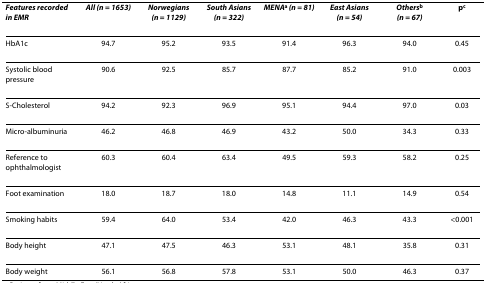
<table><thead><tr><td><b><i>Features recorded in EMR</i></b></td><td><b><i>All (n = 1653)</i></b></td><td><b><i>Norwegians (n = 1129)</i></b></td><td><b><i>South Asians (n = 322)</i></b></td><td><b><i>MENA</i><sup>a </sup><i>(n = 81)</i></b></td><td><b><i>East Asians (n = 54)</i></b></td><td><b><i>Others</i><sup>b </sup><i>(n = 67)</i></b></td><td><b>p<sup>c</sup></b></td></tr></thead><tbody><tr><td>HbA1c</td><td>94.7</td><td>95.2</td><td>93.5</td><td>91.4</td><td>96.3</td><td>94.0</td><td>0.45</td></tr><tr><td>Systolic blood pressure</td><td>90.6</td><td>92.5</td><td>85.7</td><td>87.7</td><td>85.2</td><td>91.0</td><td>0.003</td></tr><tr><td>S-Cholesterol</td><td>94.2</td><td>92.3</td><td>96.9</td><td>95.1</td><td>94.4</td><td>97.0</td><td>0.03</td></tr><tr><td>Micro-albuminuria</td><td>46.2</td><td>46.8</td><td>46.9</td><td>43.2</td><td>50.0</td><td>34.3</td><td>0.33</td></tr><tr><td>Reference to ophthalmologist</td><td>60.3</td><td>60.4</td><td>63.4</td><td>49.5</td><td>59.3</td><td>58.2</td><td>0.25</td></tr><tr><td>Foot examination</td><td>18.0</td><td>18.7</td><td>18.0</td><td>14.8</td><td>11.1</td><td>14.9</td><td>0.54</td></tr><tr><td>Smoking habits</td><td>59.4</td><td>64.0</td><td>53.4</td><td>42.0</td><td>46.3</td><td>43.3</td><td>&lt;0.001</td></tr><tr><td>Body height</td><td>47.1</td><td>47.5</td><td>46.3</td><td>53.1</td><td>48.1</td><td>35.8</td><td>0.31</td></tr><tr><td>Body weight</td><td>56.1</td><td>56.8</td><td>57.8</td><td>53.1</td><td>50.0</td><td>46.3</td><td>0.37</td></tr></tbody></table>